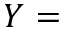
Y =